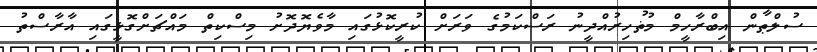
ސުލްޠާން އިބްރާހީމް މުޡުހިރުއްދީނު ރަސްކަމުގެ ވަރަށް ކުރީކޮޅުގައި މާވެޔޮދޮށު މިސްކިތް މައްޗަށްގޮޅީގައި އާރާސްތު